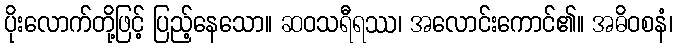
ပိုးလောက်တို့ဖြင့် ပြည့်နေသော။ ဆဝသရီရဿ၊ အလောင်းကောင်၏။ အဓိဝစနံ၊